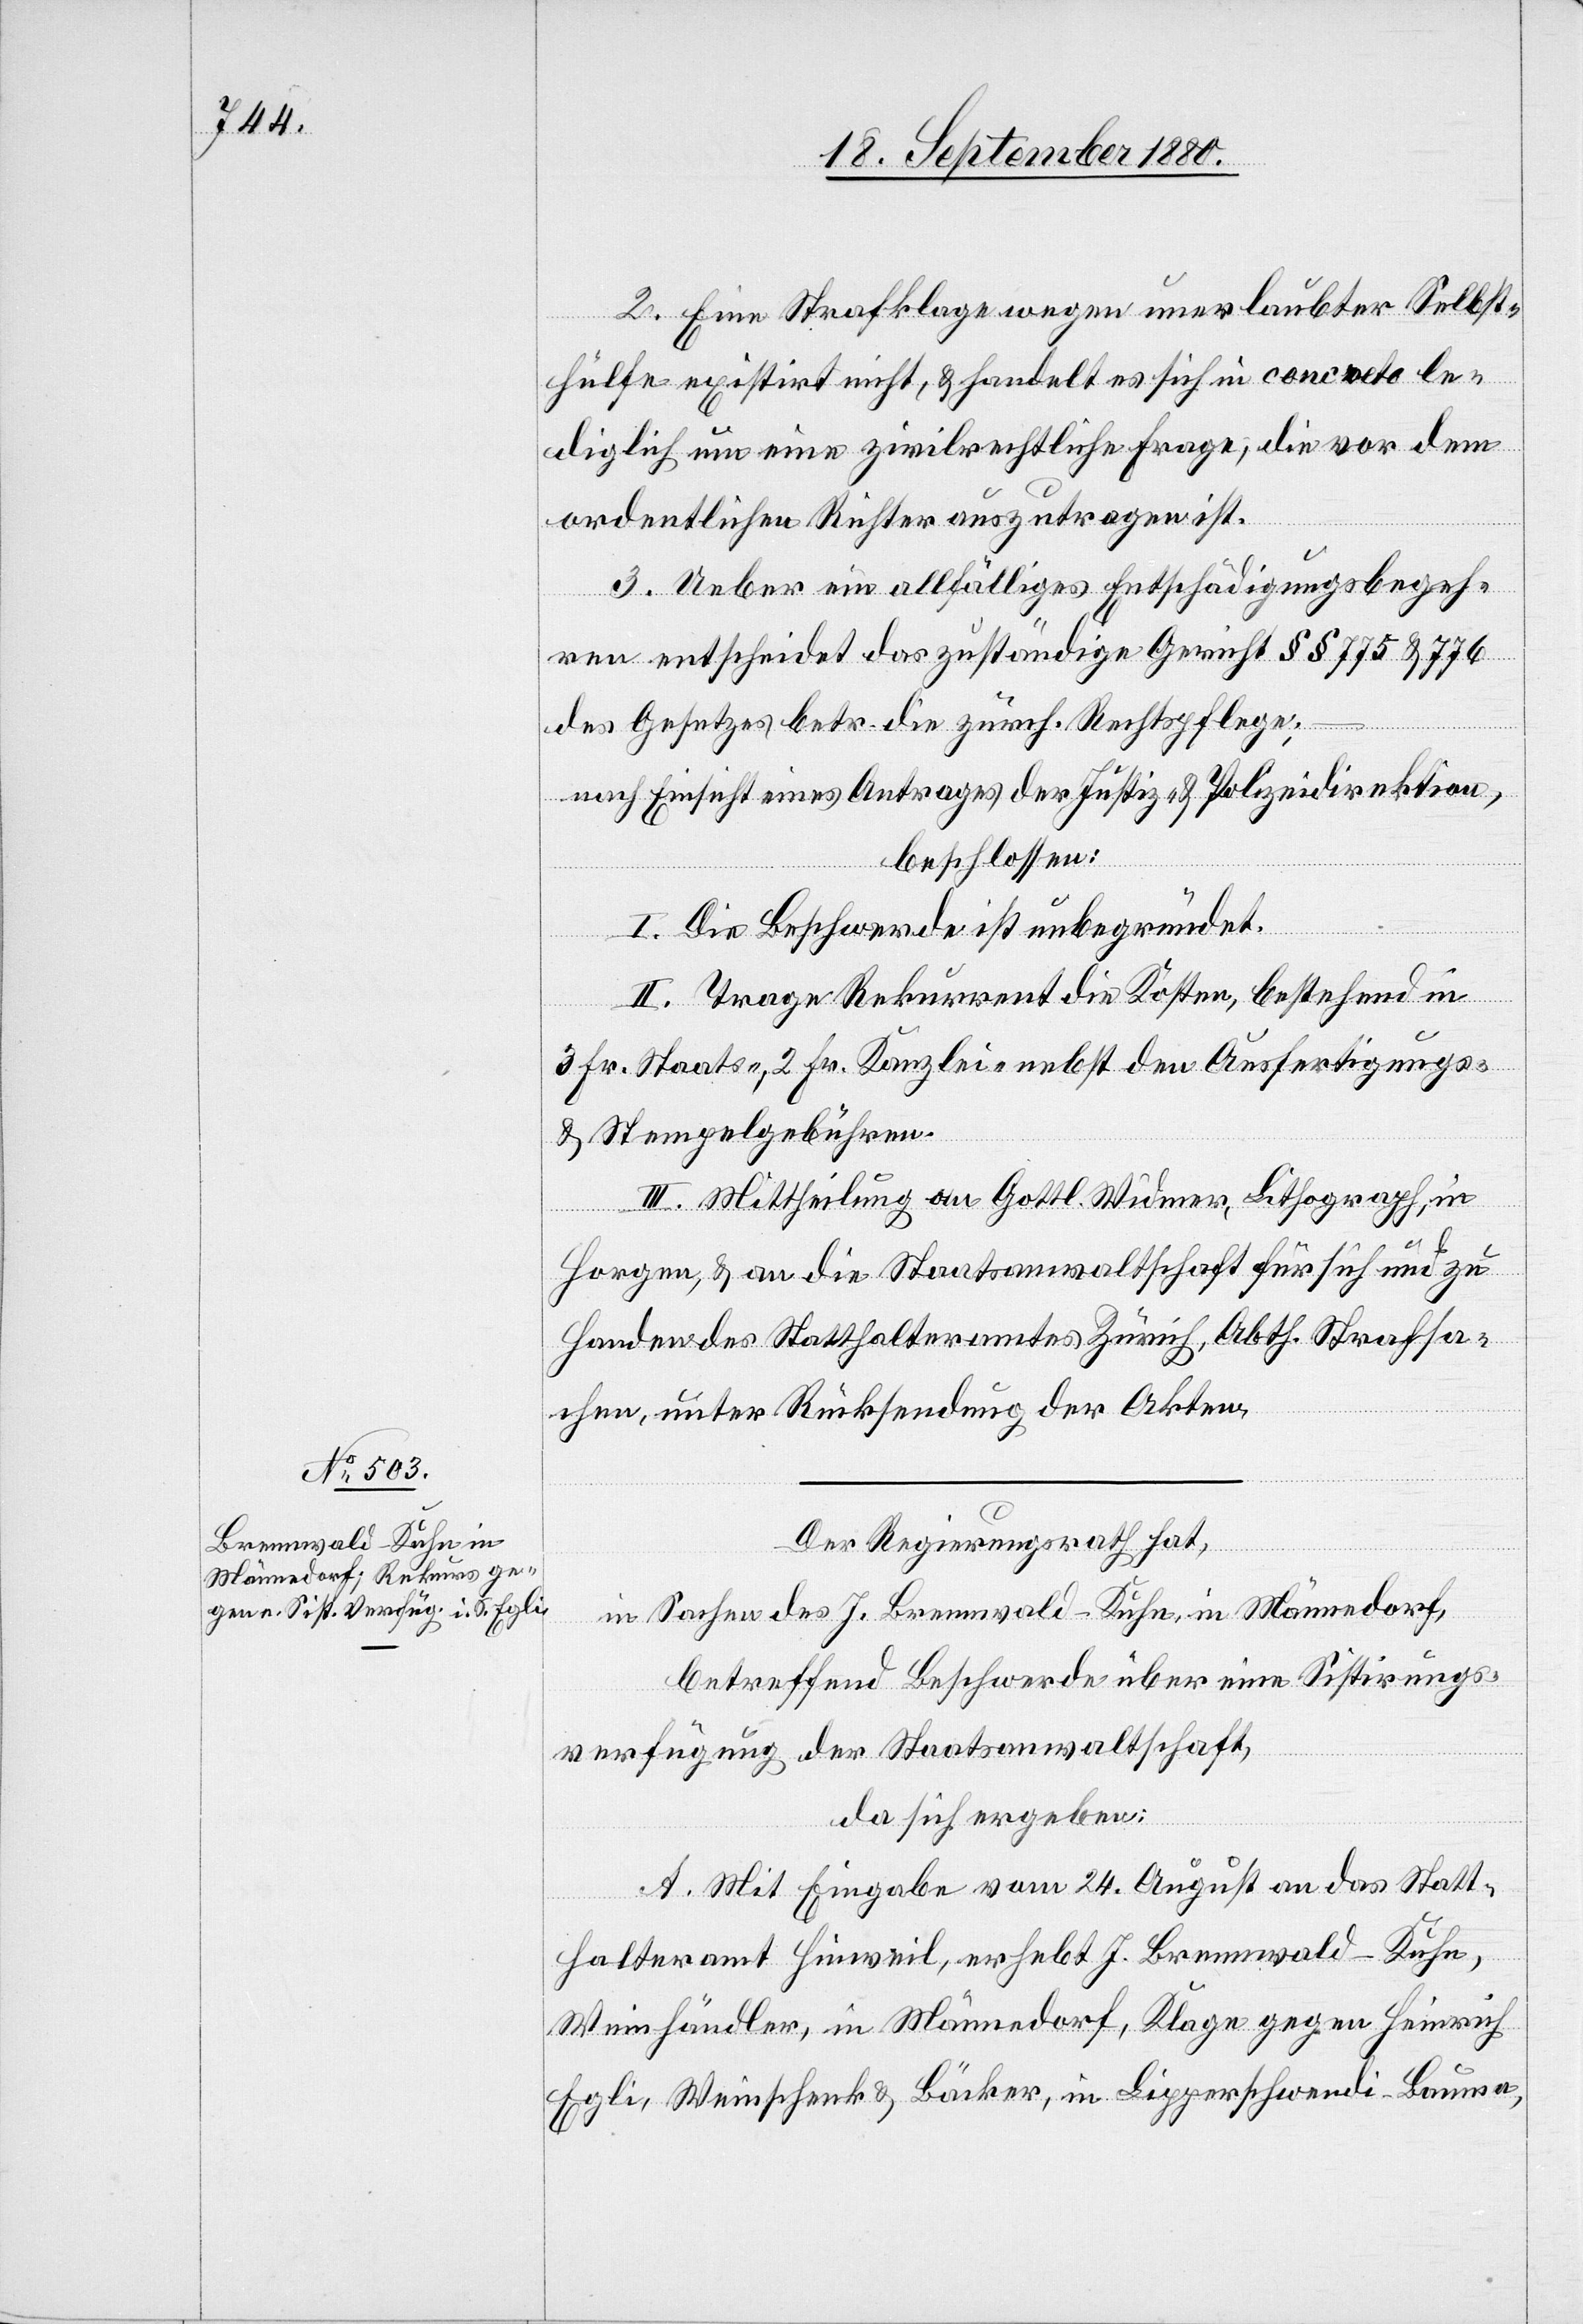
Der Regierungsrath hat,
in Sachen des J. Brennwald-Kuhn, in Männedorf,
betreffend Beschwerde über eine Sistirungs¬
verfügung der Staatsanwaltschaft,
da sich ergeben:
A. Mit Eingabe vom 24. August an das Statt¬
halteramt Hinweil, erhebt J. Brennwald-Kuhn,
Weinhändler, in Männedorf, Klage gegen Heinrich
Egli, Weinschenk & Bäcker, in Lipperschwendi - Bauma,